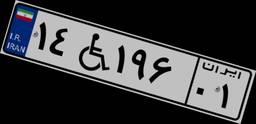
۱۴W۱۸۶۸۸